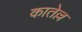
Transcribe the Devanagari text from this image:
कातेल्ल